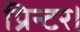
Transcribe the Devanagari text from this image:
प्रिन्टर।